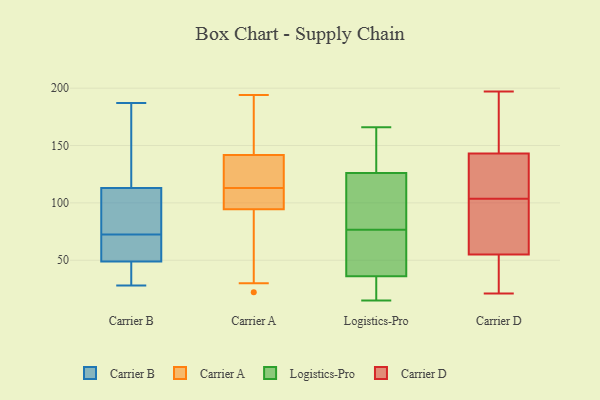
{"axis": {"x": "Production Output", "y": "Value"}, "legend": ["Carrier A", "Carrier B", "Carrier D", "Logistics-Pro"], "data": [{"x": "", "y": 74, "type": "Carrier B"}, {"x": "", "y": 28, "type": "Carrier B"}, {"x": "", "y": 64, "type": "Carrier B"}, {"x": "", "y": 72, "type": "Carrier B"}, {"x": "", "y": 113, "type": "Carrier B"}, {"x": "", "y": 49, "type": "Carrier B"}, {"x": "", "y": 170, "type": "Carrier B"}, {"x": "", "y": 63, "type": "Carrier B"}, {"x": "", "y": 73, "type": "Carrier B"}, {"x": "", "y": 40, "type": "Carrier B"}, {"x": "", "y": 187, "type": "Carrier B"}, {"x": "", "y": 43, "type": "Carrier B"}, {"x": "", "y": 165, "type": "Carrier B"}, {"x": "", "y": 93, "type": "Carrier B"}, {"x": "", "y": 152, "type": "Carrier A"}, {"x": "", "y": 99, "type": "Carrier A"}, {"x": "", "y": 188, "type": "Carrier A"}, {"x": "", "y": 113, "type": "Carrier A"}, {"x": "", "y": 93, "type": "Carrier A"}, {"x": "", "y": 70, "type": "Carrier A"}, {"x": "", "y": 109, "type": "Carrier A"}, {"x": "", "y": 142, "type": "Carrier A"}, {"x": "", "y": 141, "type": "Carrier A"}, {"x": "", "y": 112, "type": "Carrier A"}, {"x": "", "y": 30, "type": "Carrier A"}, {"x": "", "y": 126, "type": "Carrier A"}, {"x": "", "y": 113, "type": "Carrier A"}, {"x": "", "y": 194, "type": "Carrier A"}, {"x": "", "y": 22, "type": "Carrier A"}, {"x": "", "y": 69, "type": "Logistics-Pro"}, {"x": "", "y": 80, "type": "Logistics-Pro"}, {"x": "", "y": 126, "type": "Logistics-Pro"}, {"x": "", "y": 95, "type": "Logistics-Pro"}, {"x": "", "y": 166, "type": "Logistics-Pro"}, {"x": "", "y": 36, "type": "Logistics-Pro"}, {"x": "", "y": 15, "type": "Logistics-Pro"}, {"x": "", "y": 27, "type": "Logistics-Pro"}, {"x": "", "y": 47, "type": "Logistics-Pro"}, {"x": "", "y": 107, "type": "Logistics-Pro"}, {"x": "", "y": 17, "type": "Logistics-Pro"}, {"x": "", "y": 148, "type": "Logistics-Pro"}, {"x": "", "y": 153, "type": "Logistics-Pro"}, {"x": "", "y": 73, "type": "Logistics-Pro"}, {"x": "", "y": 55, "type": "Carrier D"}, {"x": "", "y": 59, "type": "Carrier D"}, {"x": "", "y": 21, "type": "Carrier D"}, {"x": "", "y": 175, "type": "Carrier D"}, {"x": "", "y": 39, "type": "Carrier D"}, {"x": "", "y": 172, "type": "Carrier D"}, {"x": "", "y": 120, "type": "Carrier D"}, {"x": "", "y": 61, "type": "Carrier D"}, {"x": "", "y": 143, "type": "Carrier D"}, {"x": "", "y": 78, "type": "Carrier D"}, {"x": "", "y": 24, "type": "Carrier D"}, {"x": "", "y": 192, "type": "Carrier D"}, {"x": "", "y": 197, "type": "Carrier D"}, {"x": "", "y": 138, "type": "Carrier D"}, {"x": "", "y": 143, "type": "Carrier D"}, {"x": "", "y": 88, "type": "Carrier D"}, {"x": "", "y": 119, "type": "Carrier D"}, {"x": "", "y": 26, "type": "Carrier D"}]}